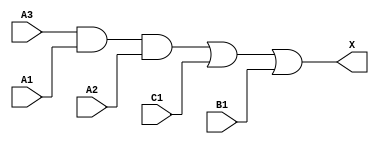
module sky130_fd_sc_hd__a311o (
    X ,
    A1,
    A2,
    A3,
    B1,
    C1
);

    // Module ports
    output X ;
    input  A1;
    input  A2;
    input  A3;
    input  B1;
    input  C1;

    // Module supplies
    supply1 VPWR;
    supply0 VGND;
    supply1 VPB ;
    supply0 VNB ;

    // Local signals
    wire and0_out ;
    wire or0_out_X;

    //  Name  Output     Other arguments
    and and0 (and0_out , A3, A1, A2      );
    or  or0  (or0_out_X, and0_out, C1, B1);
    buf buf0 (X        , or0_out_X       );

endmodule